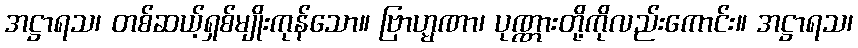
အဋ္ဌာရသ၊ တစ်ဆယ့်ရှစ်မျိုးကုန်သော။ ဗြာဟ္မဏာ၊ ပုဏ္ဏားတို့ကိုလည်းကောင်း။ အဋ္ဌာရသ၊